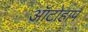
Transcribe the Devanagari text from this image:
ऑटोहार्प